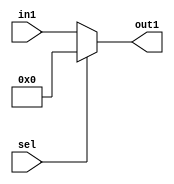
// EECE3324 Computer Architecture
// Advanced Project
// Tim Liming

// Pass-thru for the control signals

`timescale 1ns / 1ns

module ControlMux(in1, sel, out1);
  
  input [9:0] in1;
  input sel;
  output reg [9:0] out1;
  
  always @ (in1 or sel) begin
    if (!sel) begin
      out1 <= in1;
    end
    else begin
      out1 <= 10'b0;
    end
  end
  
endmodule